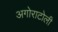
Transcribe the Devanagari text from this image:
अगोराटोली